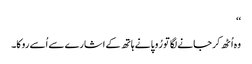
‘‘
وہ اُٹھ کر جانے لگا تو رُوپا نے ہاتھ کے اشارے سے اُسے روکا۔